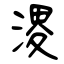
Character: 溭